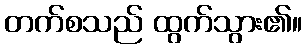
တက်စသည် ထွက်သွား၏။